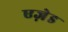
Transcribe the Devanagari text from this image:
एज़ेड